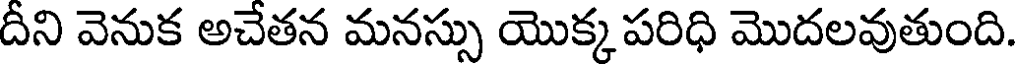
దీని వెనుక అచేతన మనస్సు యొక్క పరిధి మొదలవుతుంది.